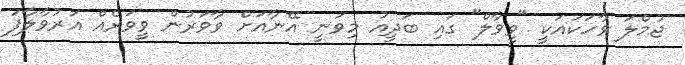
ޖުމްލަ ވާހަކައަކީ "ވީވާލް" ގައި ބަދީއު މިވަނީ އޭނާއަށް ވާވަރުން ވީވަރެއް އަރުވާލާފަ